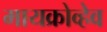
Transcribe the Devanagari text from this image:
मायक्रोव्हेव